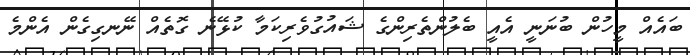
ބައެއް މީހުން ބުނަނީ އެއީ ބެލުންތެރިންގެ ޝައުގުވެރިކަމާ ކުޅޭނެ ގޮތެއް ނޭނގިގެން އެންމެ